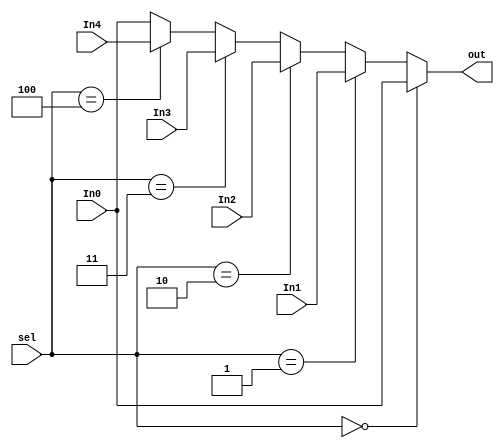
module mux5(input [31:0] In0,In1,In2,In3,In4,input [2:0] sel,output [31:0] out);
  assign out=(sel==3'b000)?In0:
             (sel==3'b001)?In1:
             (sel==3'b010)?In2:
             (sel==3'b011)?In3:
             (sel==3'b100)?In4:In0;
endmodule